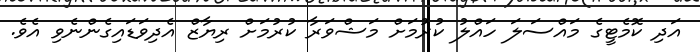
އަދި ކޮމެޓީގެ މައްސަލަ ހައްލު ކުރުމަށް މަޝްވަރާ ކުރުމަށް ރިޔާޒް އެދިވަޑައިގެންނެވި އެވެ.